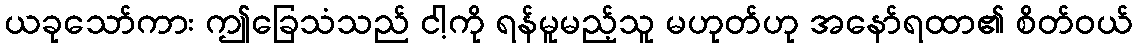
ယခုသော်ကား ဤခြေသံသည် ငါ့ကို ရန်မူမည့်သူ မဟုတ်ဟု အနော်ရထာ၏ စိတ်ဝယ်